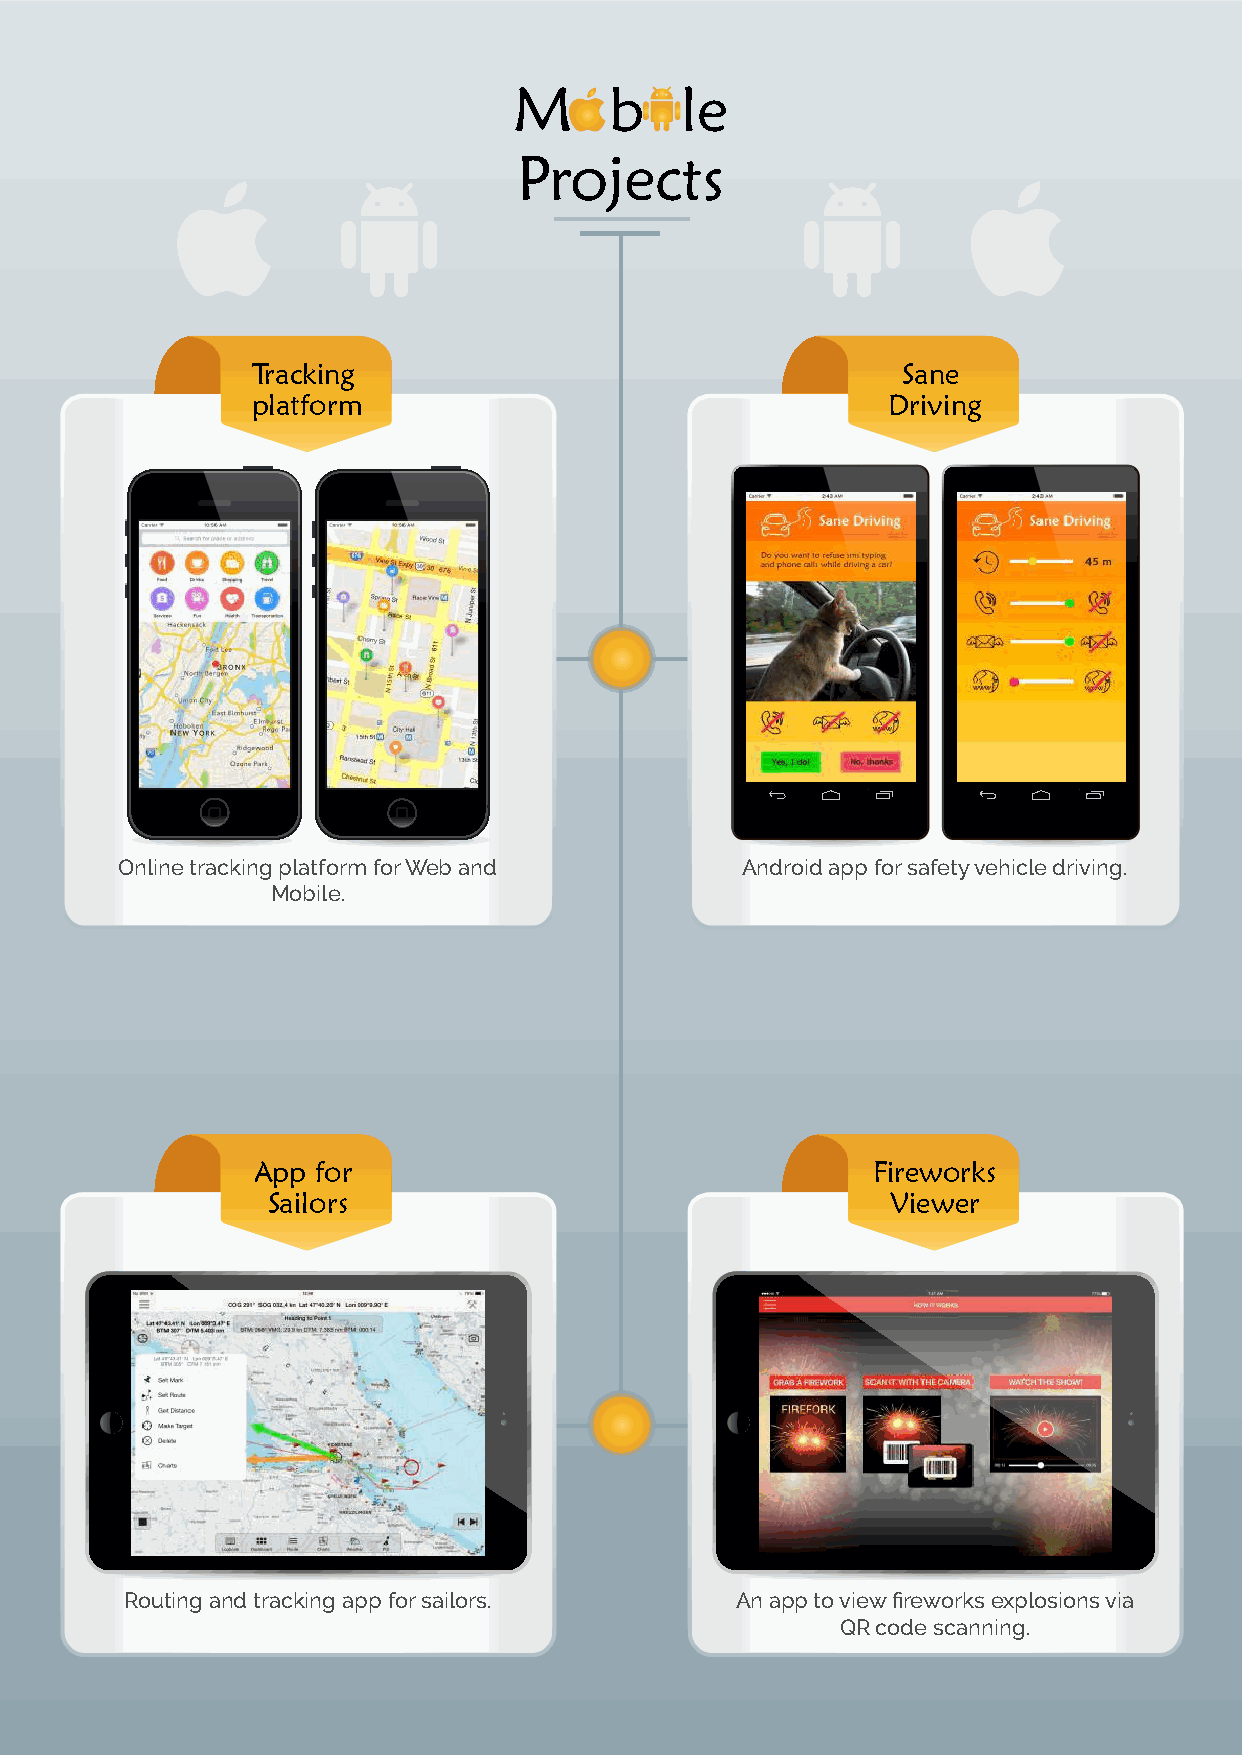
M     b    le
 Projects
 Time
 Tracking                                   Sane
 Tracking
 platform                                  Driving
 Plugin
 Online tracking platform for Web and     AAdndd-roonid d aepfinpe fso rt hseaf wetoyr kvelohgic pleo ldicriievisn fgo.r
 Mobile.                         individual users or groups, enforcing
 Time
 ApTpim feo r                             Fireworks
 Tracking
 TrSaacilkoinrsg                           Viewer
 Plugin
 Plugin
 Routing and tracking app for sailors.    An app to view fireworks explosions via
 QR code scanning.
 iPad
 9:45
 AM
 100%
 iPad
 9:45
 AM
 100%